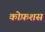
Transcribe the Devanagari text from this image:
कोफ़शस